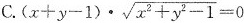
C.$$( x + y - 1 ) \cdot \sqrt { x ^ { 2 } + y ^ { 2 } - 1 } = 0$$